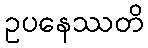
ဥပနေဿတိ